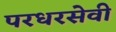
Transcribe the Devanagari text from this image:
परधरसेवी